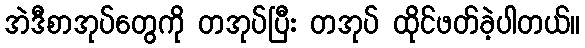
အဲဒီစာအုပ်တွေကို တအုပ်ပြီး တအုပ် ထိုင်ဖတ်ခဲ့ပါတယ်။